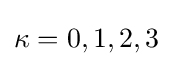
\kappa =0,1,2,3